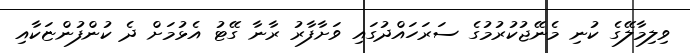
ވިލިމާލޭގެ ކުނި މެނޭޖުކުރުމުގެ ސަރަހައްދުގައި ވަށާފާރު ރާނާ ގޭޓު އެޅުމަށް ދެ ކުންފުންޏަކާއި